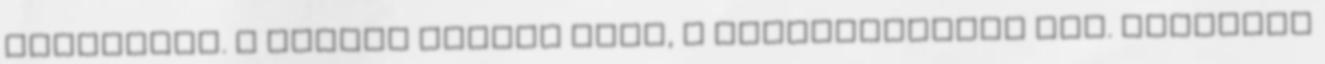
közeledik. A seggre csapás igaz, a megmogyorózás nem. Ráadásul